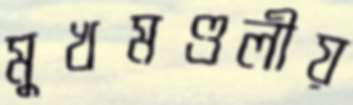
মুখমণ্ডলীয়